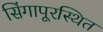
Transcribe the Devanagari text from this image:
सिंगापूरस्थित